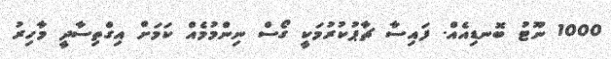
1000 ނޫޓު ބޮނޑިއެއް. ފައިސާ ޗާޕުކުރުމަކީ ގޯސް ނިންމުމެއް ކަމަށް އިގްތިސާދީ މާހިރު